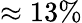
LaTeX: \approx 13\%